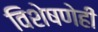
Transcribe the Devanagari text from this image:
विशेषणेही